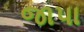
જાપા